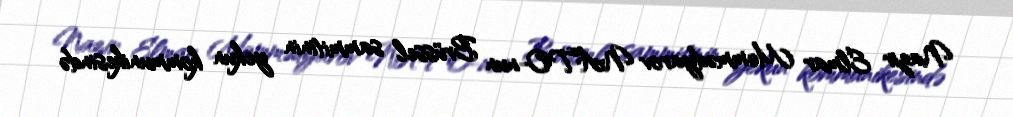
Nazir Elmar Məmmədyarov NATO-nun Brüssel sammitinin yekun kommunikesində